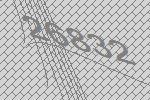
26832